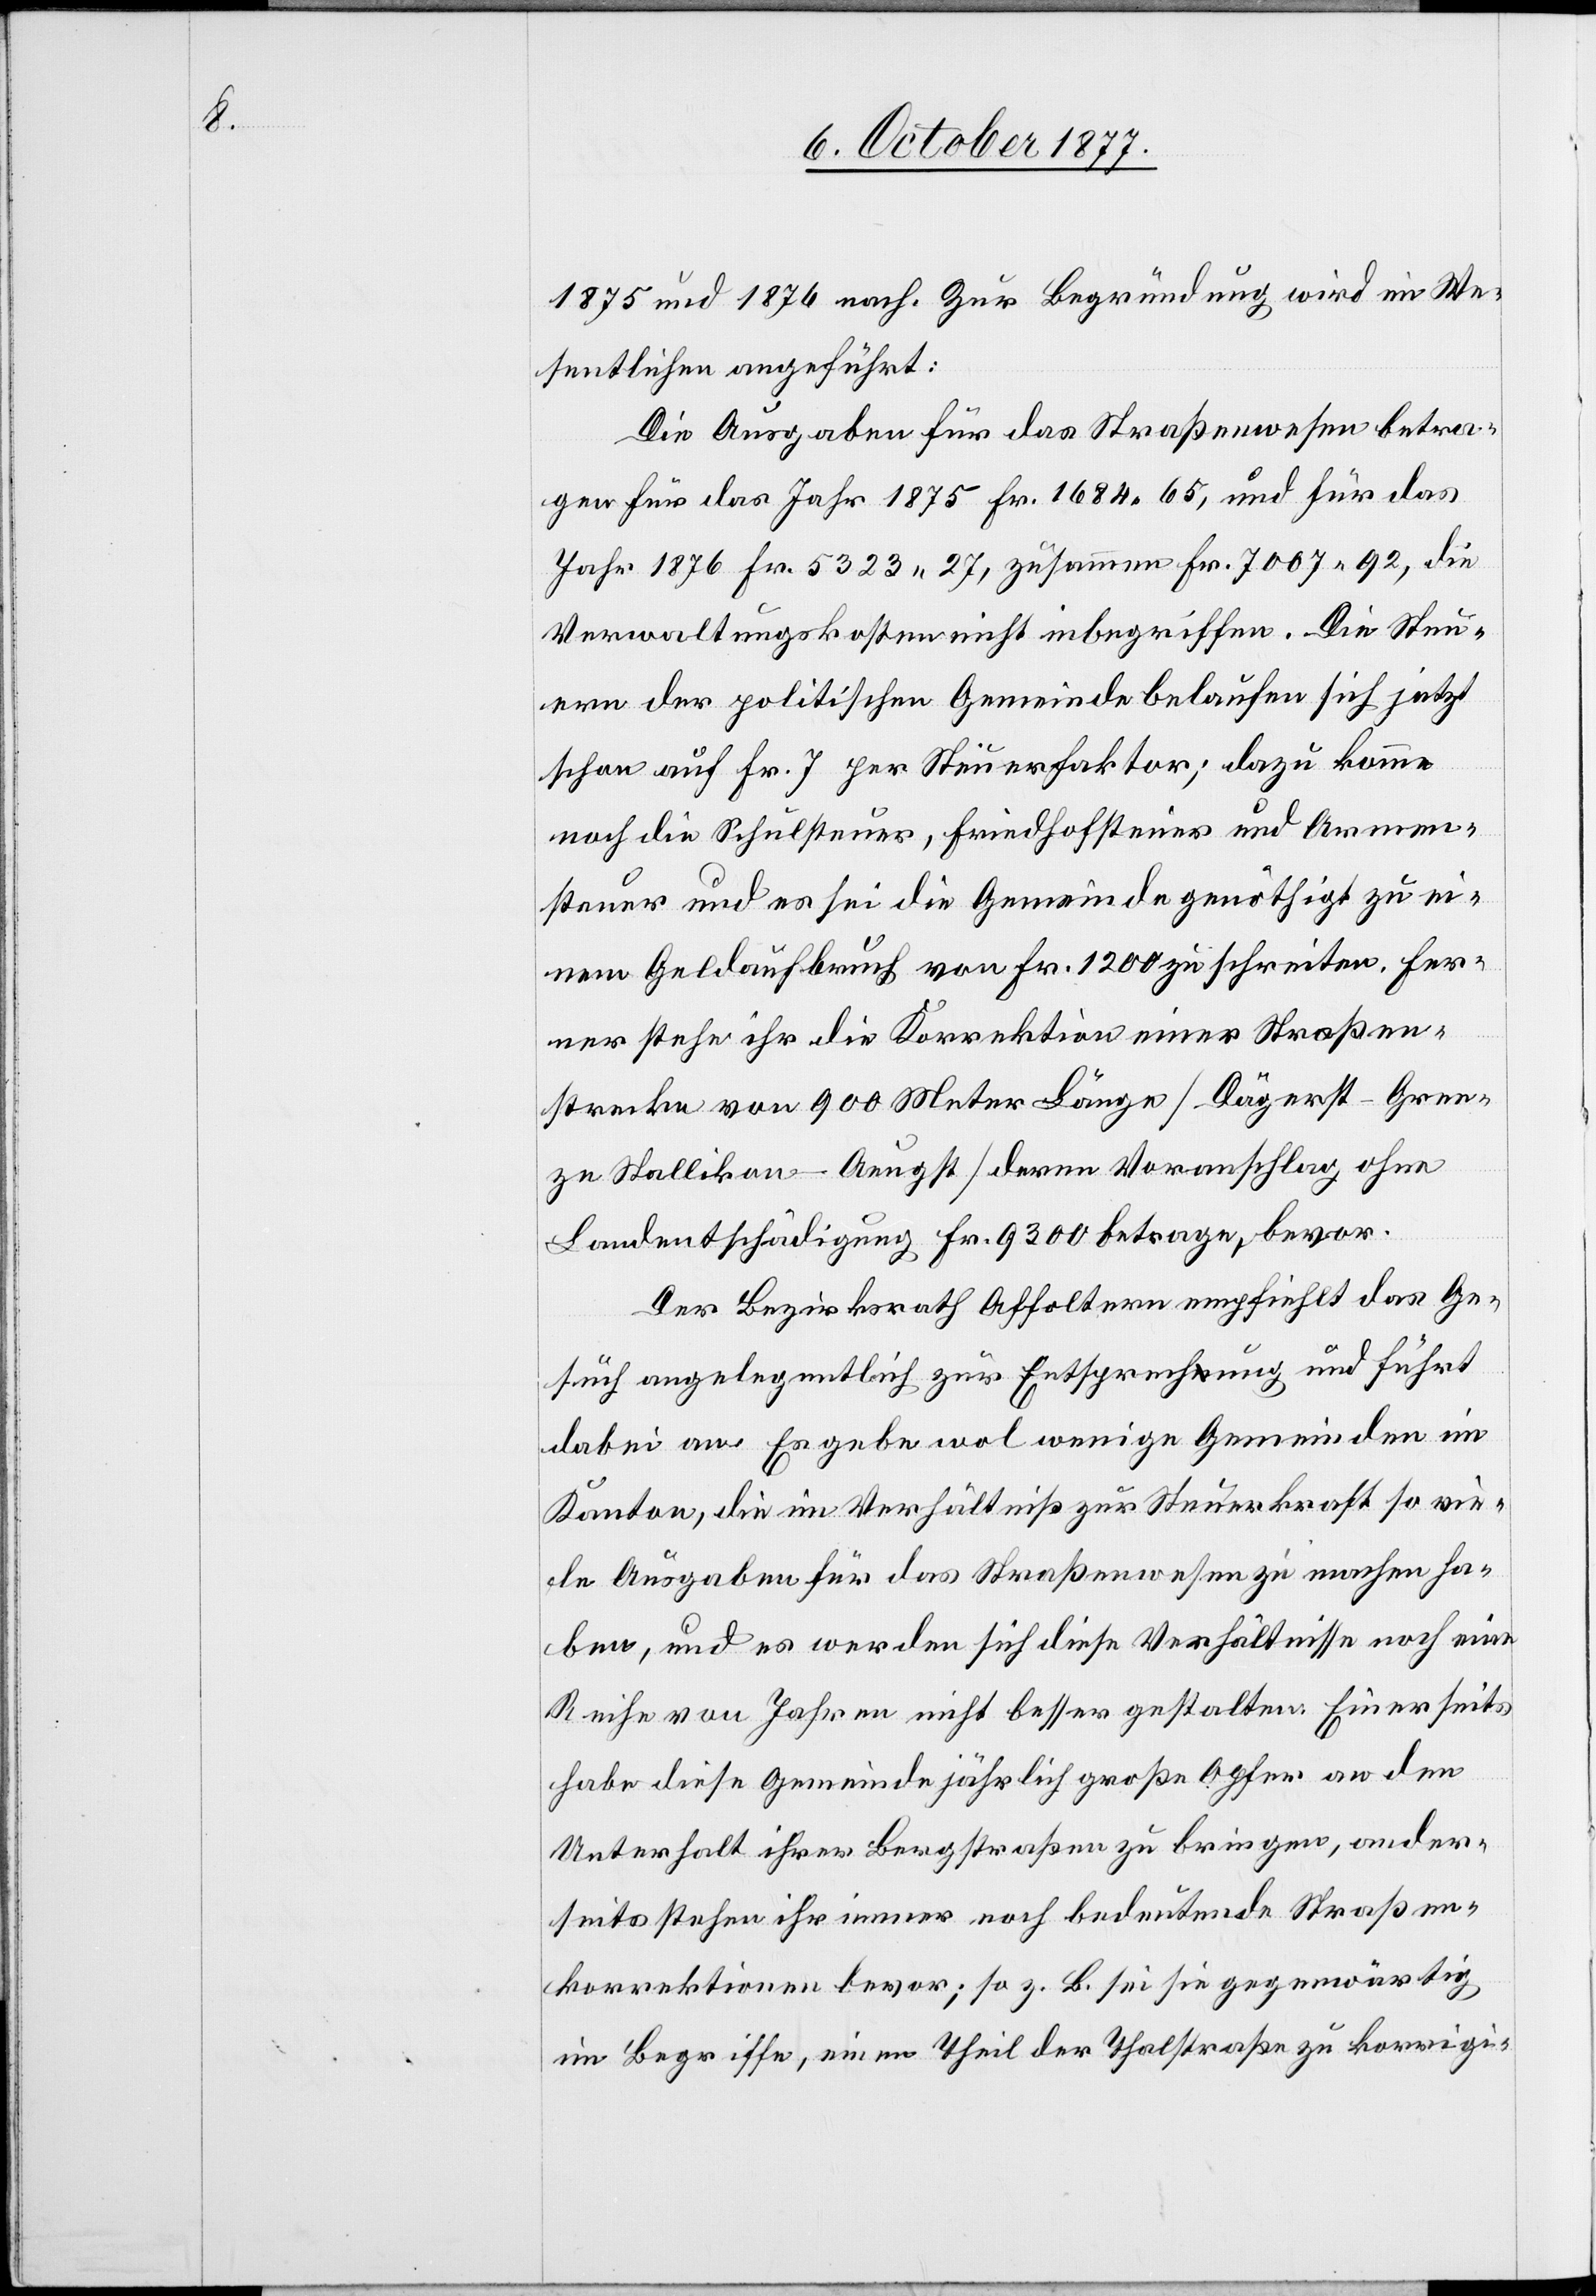
1875 und 1876 nach. Zur Begründung wird im We¬
sentlichen angeführt:
Die Ausgaben für das Straßenwesen betra¬
gen für das Jahr 1875 Fr. 1684 65, und für das
Jahr 1876 Fr. 5323 27, zusammen Fr. 7007 92, die
Verwaltungskosten nicht inbegriffen. Die Steu¬
ern der politischen Gemeinde belaufen sich jetzt
schon auf Fr. 7 per Steuerfaktor; dazu komme
noch die Schulsteuer, Friedhofsteuer und Armen¬
steuer und es sei die Gemeinde genöthigt zu ei¬
nem Geldaufbruch von Fr. 1200 zu schreiten. Fer¬
ner stehe ihr die Korrektion einer Straßen¬
strecke von 900 Meter Länge [Dägerst–Gren¬
ze Stallikon–Aeugst] deren Voranschlag ohne
Landentschädigung Fr. 9300 betrage, bevor.
Der Bezirksrath Affoltern empfiehlt das Ge¬
such angelegentlich zur Entsprechung und führt
dabei an: Es gebe wol wenige Gemeinden im
Kanton, die im Verhältniß zur Steuerkraft so vie¬
le Ausgaben für das Straßenwesen zu machen ha¬
ben, und es werden sich diese Verhältnisse noch eine
Reihe von Jahren nicht besser gestalten. Einerseits
habe diese Gemeinde jährlich große Opfer an den
Unterhalt ihrer Bergstraßen zu bringen, ander¬
seits stehen ihr immer noch bedeutende Straßen¬
korrektionen bevor; so z. B. sei sie gegenwärtig
im Begriffe, einen Theil der Thalstraße zu korrigi-